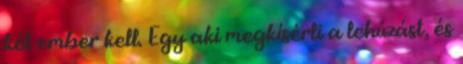
két ember kell. Egy aki megkísérli a lehúzást, és